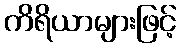
ကိရိယာများဖြင့်